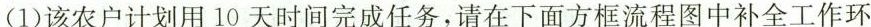
(1)该农户计划用10天时间完成任务，请在下面方框流程图中补全工作环